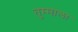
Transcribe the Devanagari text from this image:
तुम्माला